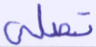
تصلى